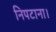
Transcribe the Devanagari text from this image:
निपटाना।